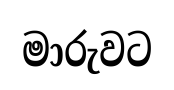
මාරුවට